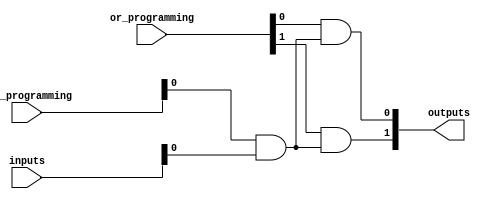
module PLA #(
    parameter NUM_INPUTS = 4,    // Number of input lines
    parameter NUM_AND_GATES = 4,  // Number of AND gates
    parameter NUM_OUTPUTS = 2     // Number of output lines
)(
    input wire [NUM_INPUTS-1:0] inputs,                // Input lines
    input wire [NUM_AND_GATES-1:0] and_programming,    // Fuse programming for AND gate connections
    input wire [NUM_OUTPUTS-1:0] or_programming,       // Fuse programming for OR gate connections
    output wire [NUM_OUTPUTS-1:0] outputs               // Output lines
);

    // Declare intermediate signals for product terms from AND gates
    wire [NUM_AND_GATES-1:0] product_terms;

    // AND Array
    genvar i, j;
    generate
        for (i = 0; i < NUM_AND_GATES; i = i + 1) begin : and_gate
            assign product_terms[i] = 
                (and_programming[i] & inputs[0]) |
                (and_programming[i] & inputs[1] << 1) |
                (and_programming[i] & inputs[2] << 2) |
                (and_programming[i] & inputs[3] << 3);
        end
    endgenerate

    // OR Array
    generate
        for (j = 0; j < NUM_OUTPUTS; j = j + 1) begin : or_gate
            assign outputs[j] = 
                (or_programming[j] & product_terms[0]) |
                (or_programming[j] & product_terms[1] << 1) |
                (or_programming[j] & product_terms[2] << 2) |
                (or_programming[j] & product_terms[3] << 3);
        end
    endgenerate

endmodule